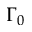
\Gamma _ { 0 }